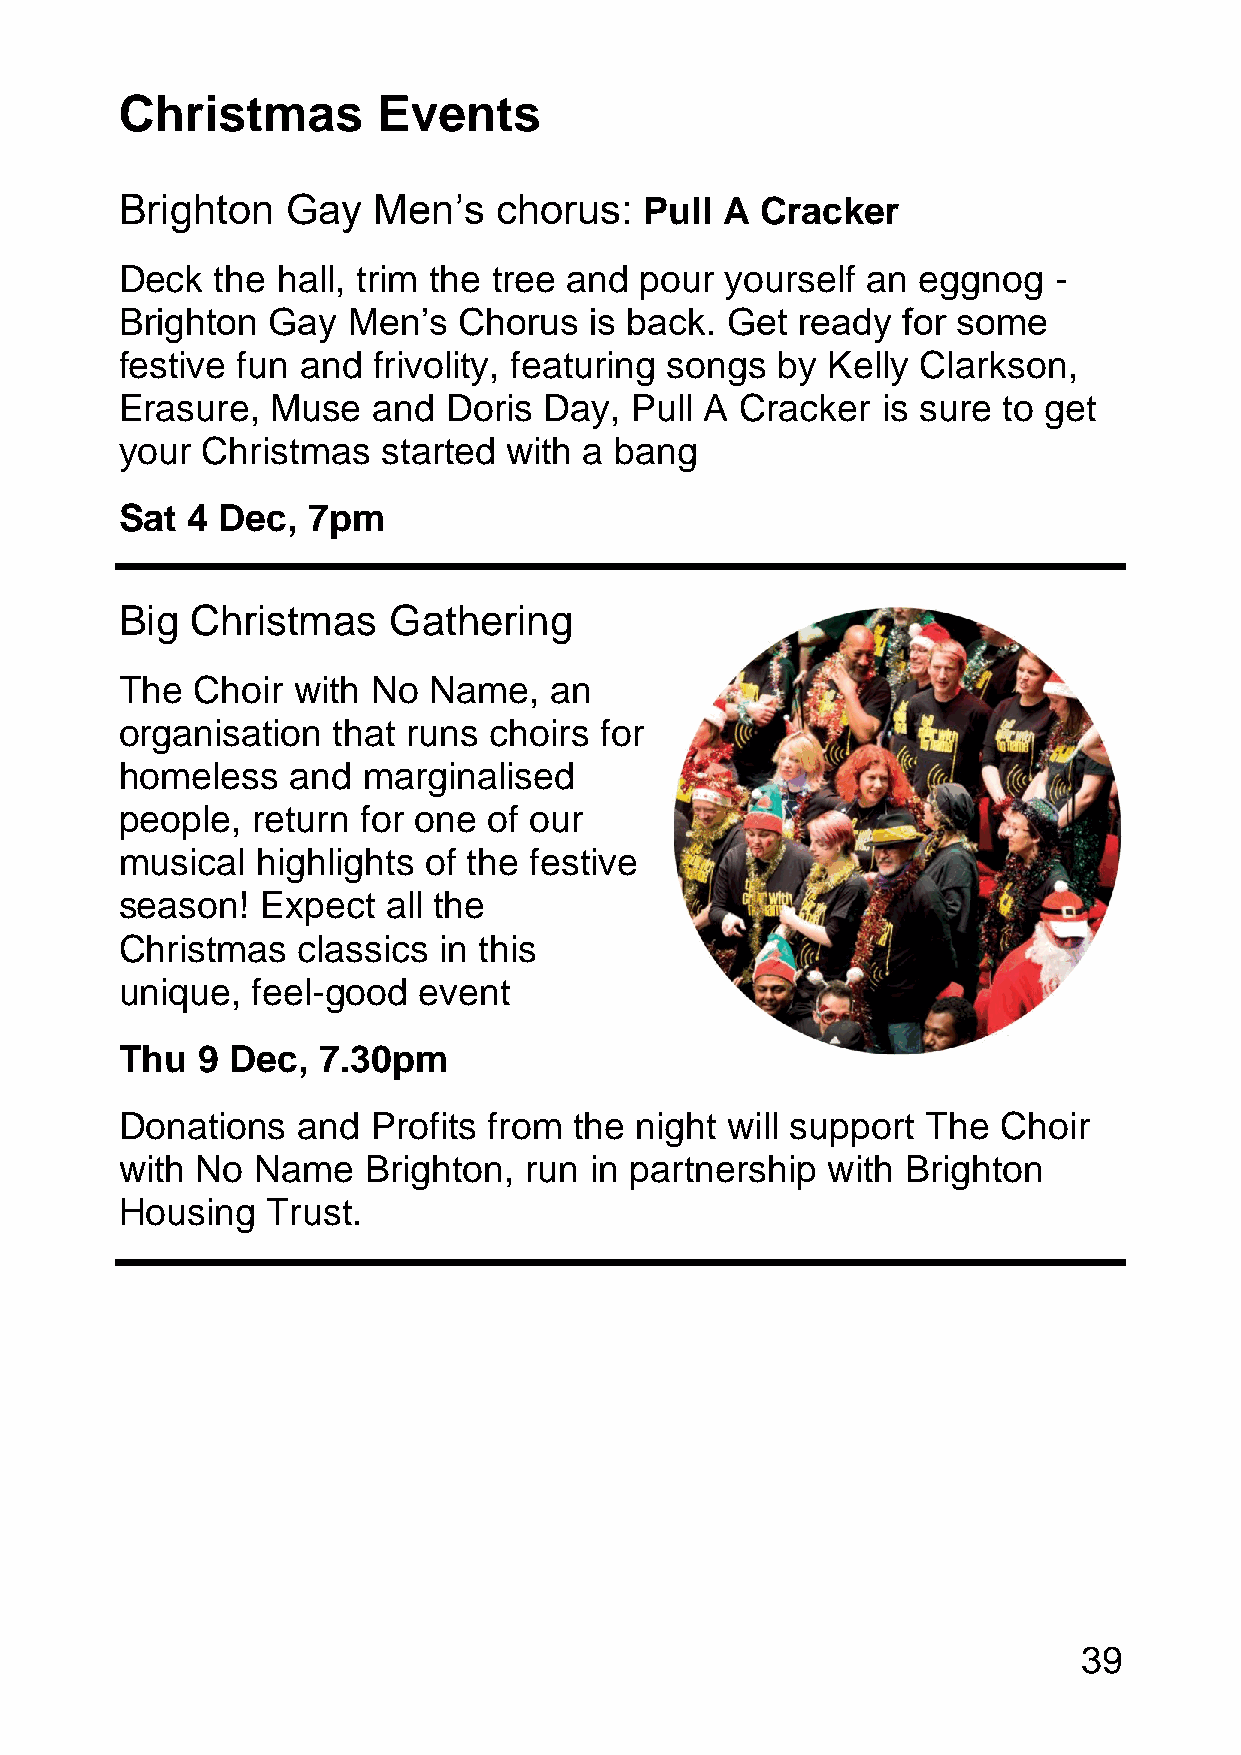
Christmas        Events
 Brighton   Gay   Men’s   chorus:   Pull A Cracker
 Deck  the hall, trim the tree and pour  yourself an  eggnog   -
 Brighton  Gay  Men’s  Chorus   is back. Get  ready  for some
 festive fun and  frivolity, featuring songs by Kelly Clarkson,
 Erasure,  Muse   and Doris  Day,  Pull A Cracker  is sure to get
 your Christmas   started  with a bang
 Sat 4 Dec,  7pm
 Big  Christmas    Gathering
 The  Choir with  No Name,   an
 organisation  that runs choirs  for
 homeless   and  marginalised
 people,  return for one of our
 musical  highlights of the festive
 season!  Expect   all the
 Christmas   classics in this
 unique,  feel-good  event
 Thu  9 Dec,  7.30pm
 Donations   and  Profits from the night will support The  Choir
 with No  Name   Brighton,  run in partnership  with Brighton
 Housing   Trust.
 39